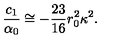
\frac { c _ { 1 } } { \alpha _ { 0 } } \cong - \frac { 2 3 } { 1 6 } r _ { 0 } ^ { 2 } \kappa ^ { 2 } .